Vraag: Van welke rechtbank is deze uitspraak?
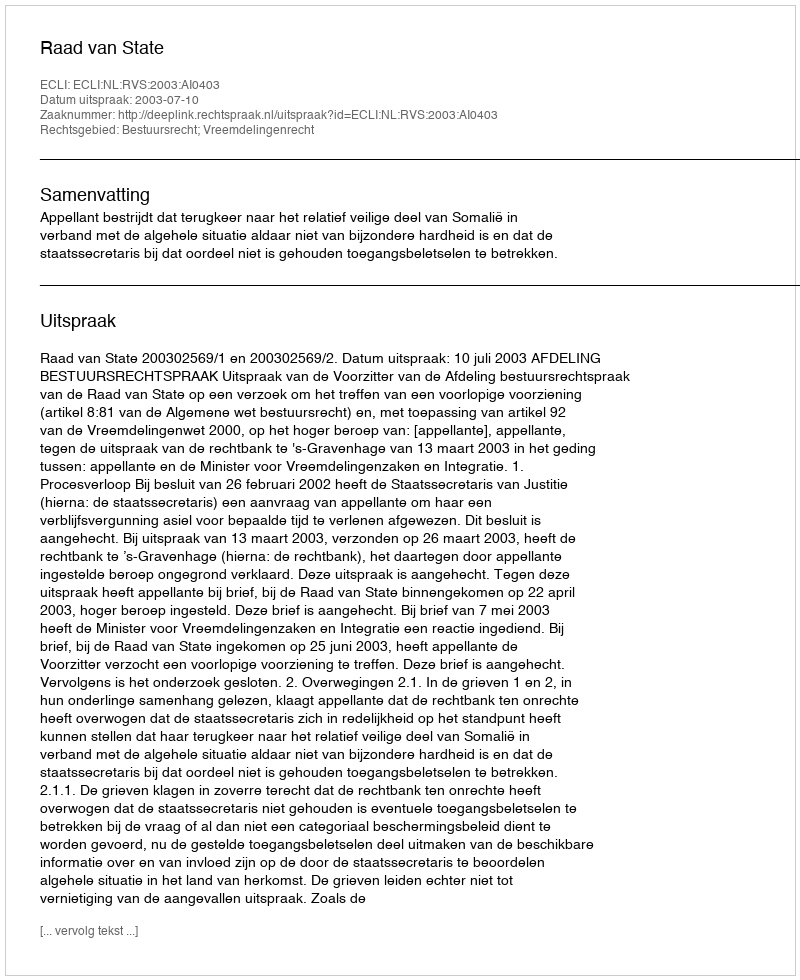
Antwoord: Raad van State